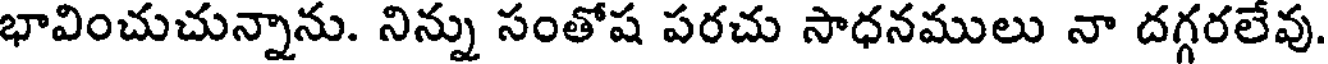
భావించుచున్నాను. నిన్ను సంతోష పరచు సాధనములు నా దగ్గరలేవు